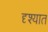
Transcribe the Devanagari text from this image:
दृश्यात